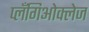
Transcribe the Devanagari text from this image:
प्लँगिओक्लेज